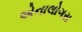
એનાલોગસ